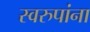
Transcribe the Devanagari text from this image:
स्वरुपांना